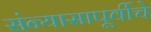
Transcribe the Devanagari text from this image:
संन्यासापूर्वीचे